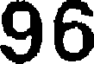
96